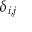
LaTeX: \delta _ { i , j }